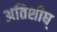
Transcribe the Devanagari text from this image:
अतिशीघ्